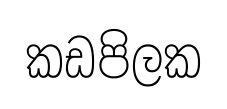
කඩපිලක